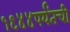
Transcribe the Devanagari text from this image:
१९४४पर्यंतची